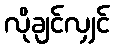
လိုချင်လျှင်